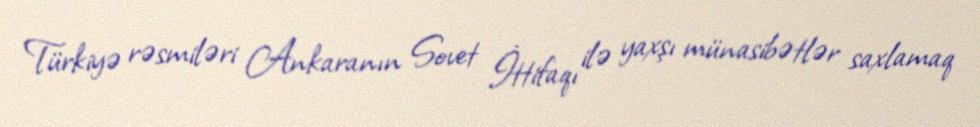
Türkiyə rəsmiləri Ankaranın Sovet İttifaqı ilə yaxşı münasibətlər saxlamaq